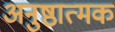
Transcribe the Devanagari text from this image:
अनुष्ठात्मक